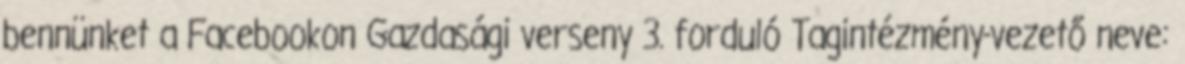
bennünket a Facebookon Gazdasági verseny 3. forduló Tagintézmény-vezető neve: